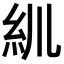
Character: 𥾖